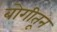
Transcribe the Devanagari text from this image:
बोगीतून